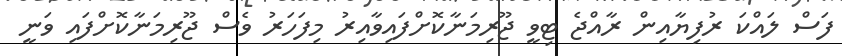
ފަސް ލައްކަ ރުފިޔާއިން ރާއްޖެ ޓިވީ ޖޫރިމަނާކޮށްފައިވާއިރު މިފަހަރު ވެސް ޖޫރިމަނާކޮށްފައި ވަނީ